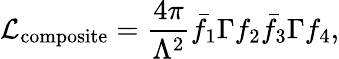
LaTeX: {\cal L}_{\mathrm{composite}}={\frac{4\pi}{\Lambda^{2}}}\bar{f}_{1}\Gamma f_{2}\bar{f}_{3}\Gamma f_{4},